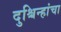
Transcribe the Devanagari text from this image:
दुश्चिन्हांचा